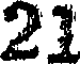
21